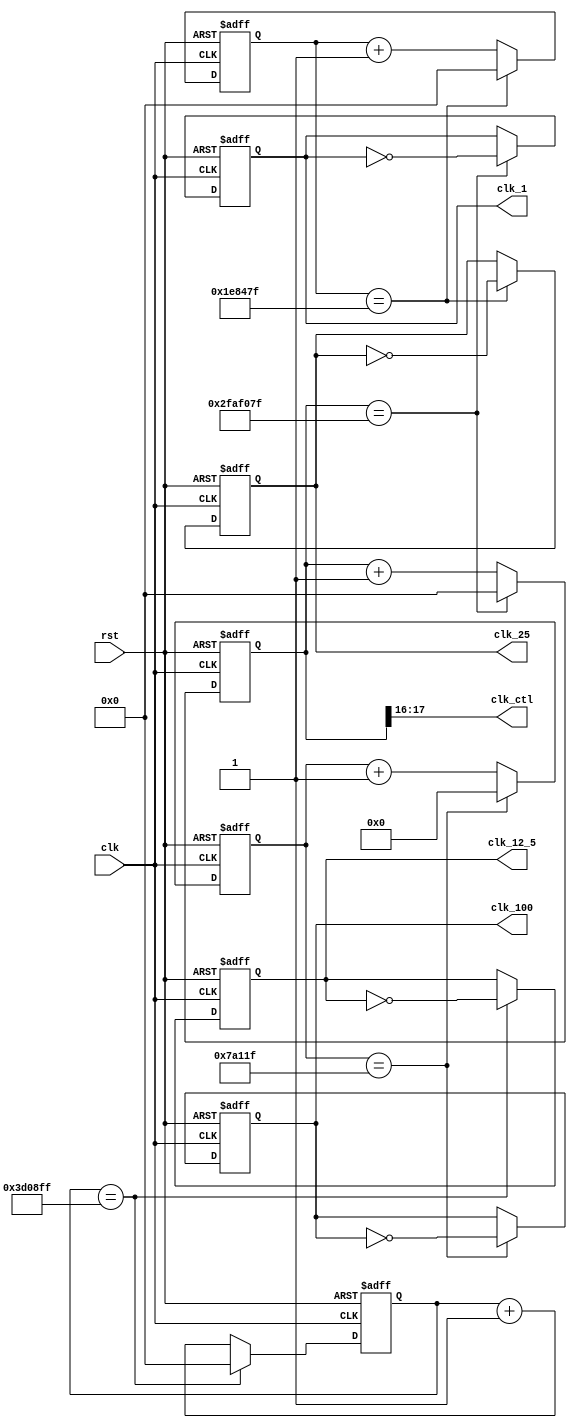
`timescale 1ns / 1ps
//////////////////////////////////////////////////////////////////////////////////
// Company: 
// Engineer: 
// 
// Design Name: 
// Module Name: frequency_divider
// Project Name: 
// Target Devices: 
// Tool Versions: 
// Description: 
// 
// Dependencies: 
// 
// Revision:
// Revision 0.01 - File Created
// Additional Comments:
// 
//////////////////////////////////////////////////////////////////////////////////


`define DIV_BY_50M 50_000_000
`define DIV_BY_50M_BIT_WIDTH 27
`define DIV_BY_2M 2_000_000
`define DIV_BY_2M_BIT_WIDTH 27
`define DIV_BY_500K 500_000
`define DIV_BY_500K_BIT_WIDTH 20
`define DIV_BY_4M 4_000_000
`define DIV_BY_4M_BIT_WIDTH 27

module frequency_divider(
  clk, // clock from crystal
  rst,
  clk_1, // generated 1 Hz clock
  clk_12_5,
  clk_25, // generated 25 Hz clock
  clk_100, // generated 100 Hz clock
  clk_ctl
);

// Declare I/Os
input clk; // clock from crystal
input rst;
output clk_1; // generated 1 Hz clock
output clk_12_5;
output clk_25;
output clk_100; // generated 100 Hz clock
output [1:0]clk_ctl;

reg clk_1; // generated 1 Hz clock
reg clk_100; // generated 100 Hz clock
reg clk_25;
reg clk_12_5;
reg [1:0]clk_ctl;

// Declare internal nodes
reg [`DIV_BY_50M_BIT_WIDTH-1:0] count_50M, count_50M_next;
reg [`DIV_BY_4M_BIT_WIDTH-1:0] count_4M, count_4M_next;
reg [`DIV_BY_500K_BIT_WIDTH-1:0] count_500K, count_500K_next;
reg [`DIV_BY_2M_BIT_WIDTH-1:0] count_2M, count_2M_next;
reg clk_1_next;
reg clk_12_5_next;
reg clk_25_next;
reg clk_100_next;

// Clock divider for 1 Hz
// Clock Divider: Counter operation
always @*
  if (count_50M == `DIV_BY_50M-1)
  begin
    count_50M_next = `DIV_BY_50M_BIT_WIDTH'd0;
    clk_1_next = ~clk_1;
  end
  else
  begin
    count_50M_next = count_50M + 1'b1;
    clk_1_next = clk_1;
  end

// Counter flip-flops
always @(posedge clk or posedge rst)
  if (rst==1)
  begin
    count_50M <=`DIV_BY_50M_BIT_WIDTH'd0;
    clk_1 <=1'd0;
  end
  else
  begin
    count_50M <= count_50M_next;
    clk_1 <= clk_1_next;
  end

// *********************
// Clock divider for 100 Hz
// *********************
// Clock Divider: Counter operation 
always @*
  if (count_500K == `DIV_BY_500K-1)
  begin
    count_500K_next = `DIV_BY_500K_BIT_WIDTH'd0;
    clk_100_next = ~clk_100;
  end
  else
  begin
    count_500K_next = count_500K + 1'b1;
    clk_100_next = clk_100;
  end


// Counter flip-flops
always @(posedge clk or posedge rst)
  if (rst==1)
  begin
    count_500K <=`DIV_BY_500K_BIT_WIDTH'b0;
    clk_100 <=1'b0;
  end
  else
  begin
    count_500K <= count_500K_next;
    clk_100 <= clk_100_next;
  end

// Clock divider for 25 Hz
// Clock Divider: Counter operation
always @*
  if (count_2M == `DIV_BY_2M-1)
  begin
    count_2M_next = `DIV_BY_2M_BIT_WIDTH'd0;
    clk_25_next = ~clk_25;
  end
  else
  begin
    count_2M_next = count_2M + 1'b1;
    clk_25_next = clk_25;
  end

// Counter flip-flops
always @(posedge clk or posedge rst)
  if (rst==1)
  begin
    count_2M <=`DIV_BY_2M_BIT_WIDTH'd0;
    clk_25 <=1'd0;
  end
  else
  begin
    count_2M <= count_2M_next;
    clk_25 <= clk_25_next;
  end

// Clock divider for 12.5 Hz
// Clock Divider: Counter operation
always @*
  if (count_4M == `DIV_BY_4M-1)
  begin
    count_4M_next = `DIV_BY_4M_BIT_WIDTH'd0;
    clk_12_5_next = ~clk_12_5;
  end
  else
  begin
    count_4M_next = count_4M + 1'b1;
    clk_12_5_next = clk_12_5;
  end

// Counter flip-flops
always @(posedge clk or posedge rst)
  if (rst==1)
  begin
    count_4M <=`DIV_BY_4M_BIT_WIDTH'd0;
    clk_12_5 <=1'd0;
  end
  else
  begin
    count_4M <= count_4M_next;
    clk_12_5 <= clk_12_5_next;
  end

always@*
clk_ctl = {count_50M[17],count_50M[16]};

endmodule